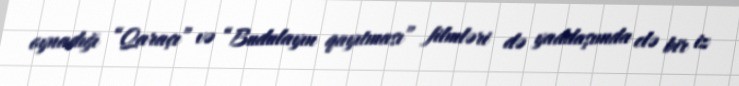
oynadığı “Qaraçı” və “Budulayın qayıtması” filmləri də yaddaşımda elə bir iz